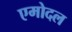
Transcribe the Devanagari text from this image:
एमोदल